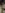
: